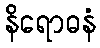
နိရောဓနံ